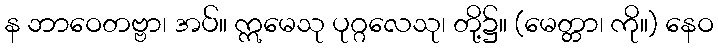
န ဘာဝေတဗ္ဗာ၊ အပ်။ ဣမေသု ပုဂ္ဂလေသု၊ တို့၌။ (မေတ္တာ၊ ကို။) နေဝ